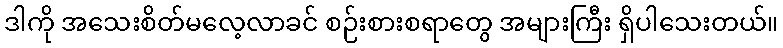
ဒါကို အသေးစိတ်မလေ့လာခင် စဉ်းစားစရာတွေ အများကြီး ရှိပါသေးတယ်။